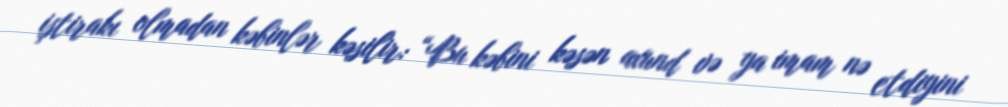
iştirakı olmadan kəbinlər kəsilir: “Bu kəbini kəsən axund və ya imam nə etdiyini